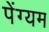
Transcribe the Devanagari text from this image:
पेंग्यम